Vaccination in Bombay 1924-1928 - 1924-1928
Year: 1924
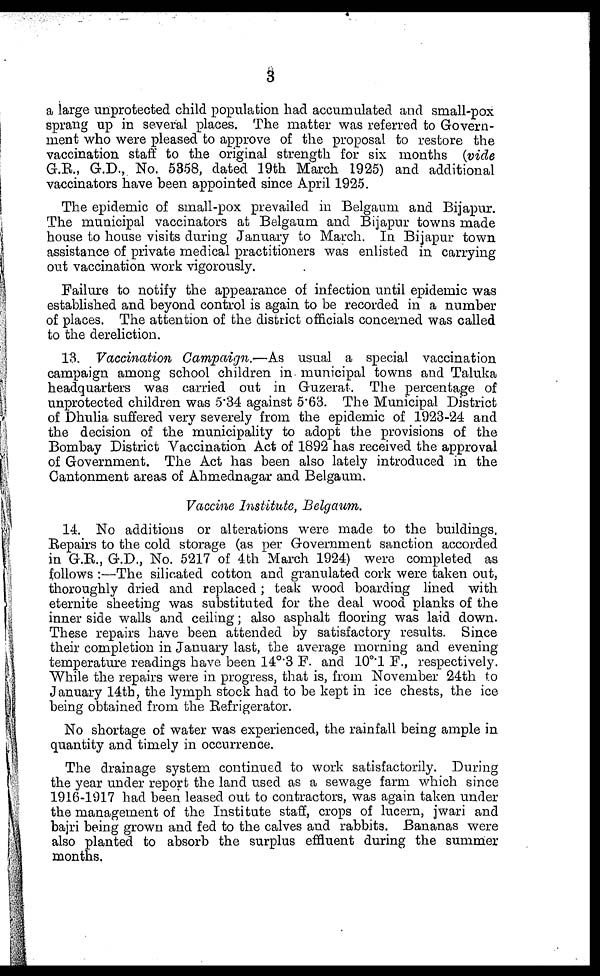
3
a large unprotected child population had accumulated and small-pox
sprang up in several places. The matter was referred to Govern-
ment who were pleased to approve of the proposal to restore the
vaccination staff to the original strength for six months (vide
G.R., G.D., No. 5358, dated 19th March 1925) and additional
vaccinators have been appointed since April 1925.
The epidemic of small-pox prevailed in Belgaum and Bijapur.
The municipal vaccinators at Belgaum and Bijapur towns made
house to house visits during January to March. In Bijapur town
assistance of private medical practitioners was enlisted in carrying
out vaccination work vigorously.
Failure to notify the appearance of infection until epidemic was
established and beyond control is again to be recorded in a number
of places. The attention of the district officials concerned was called
to the dereliction.
13. Vaccination Campaign.—As usual a special vaccination
campaign among school children in municipal towns and Taluka
headquarters was carried out in Guzerat. The percentage of
unprotected children was 5.34 against 5.63. The Municipal District
of Dhulia suffered very severely from the epidemic of 1923-24 and
the decision of the municipality to adopt the provisions of the
Bombay District Vaccination Act of 1892 has received the approval
of Government. The Act has been also lately introduced in the
Cantonment areas of Ahmednagar and Belgaum.
Vaccine Institute, Belgaum.
14. No additions or alterations were made to the buildings.
Repairs to the cold storage (as per Government sanction accorded
in G.R., G.D., No. 5217 of 4th March 1924) were completed as
follows :—The silicated cotton and granulated cork were taken out,
thoroughly dried and replaced; teak wood boarding lined with
eternite sheeting was substituted for the deal wood planks of the
inner side walls and ceiling; also asphalt flooring was laid down.
These repairs have been attended by satisfactory results. Since
their completion in January last, the average morning and evening
temperature readings have been 14°.3 F. and 10°.1 F., respectively.
While the repairs were in progress, that is, from November 24th to
January 14th, the lymph stock had to be kept in ice chests, the ice
being obtained from the Refrigerator.
No shortage of water was experienced, the rainfall being ample in
quantity and timely in occurrence.
The drainage system continued to work satisfactorily. During
the year under report the land used as a sewage farm which since
1916-1917 had been leased out to contractors, was again taken under
the management of the Institute staff, crops of lucern, jwari and
bajri being grown and fed to the calves and rabbits. Bananas were
also planted to absorb the surplus effluent during the summer
months.